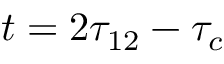
t = 2 \tau _ { 1 2 } - \tau _ { c }